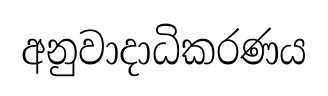
අනුවාදාධිකරණය